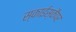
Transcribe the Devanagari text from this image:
स्काईस्कैपर